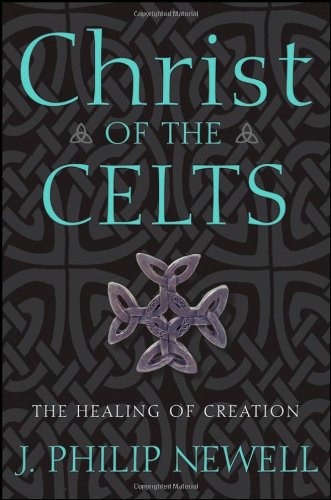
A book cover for Christ of the Celts: The Healing of Creation; J. Philip Newell; Religion & Spirituality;